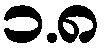
၁.၈